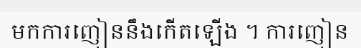
មកការញៀននឹងកើតឡើង ។ ការញៀន